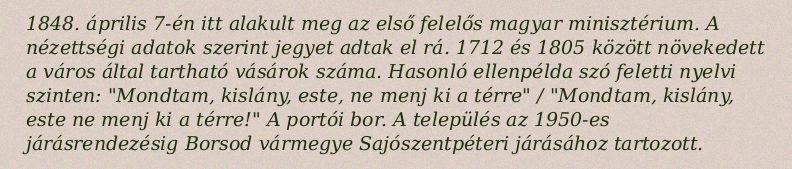
1848. április 7-én itt alakult meg az első felelős magyar minisztérium. A nézettségi adatok szerint jegyet adtak el rá. 1712 és 1805 között növekedett a város által tartható vásárok száma. Hasonló ellenpélda szó feletti nyelvi szinten: "Mondtam, kislány, este, ne menj ki a térre" / "Mondtam, kislány, este ne menj ki a térre!" A portói bor. A település az 1950-es járásrendezésig Borsod vármegye Sajószentpéteri járásához tartozott.